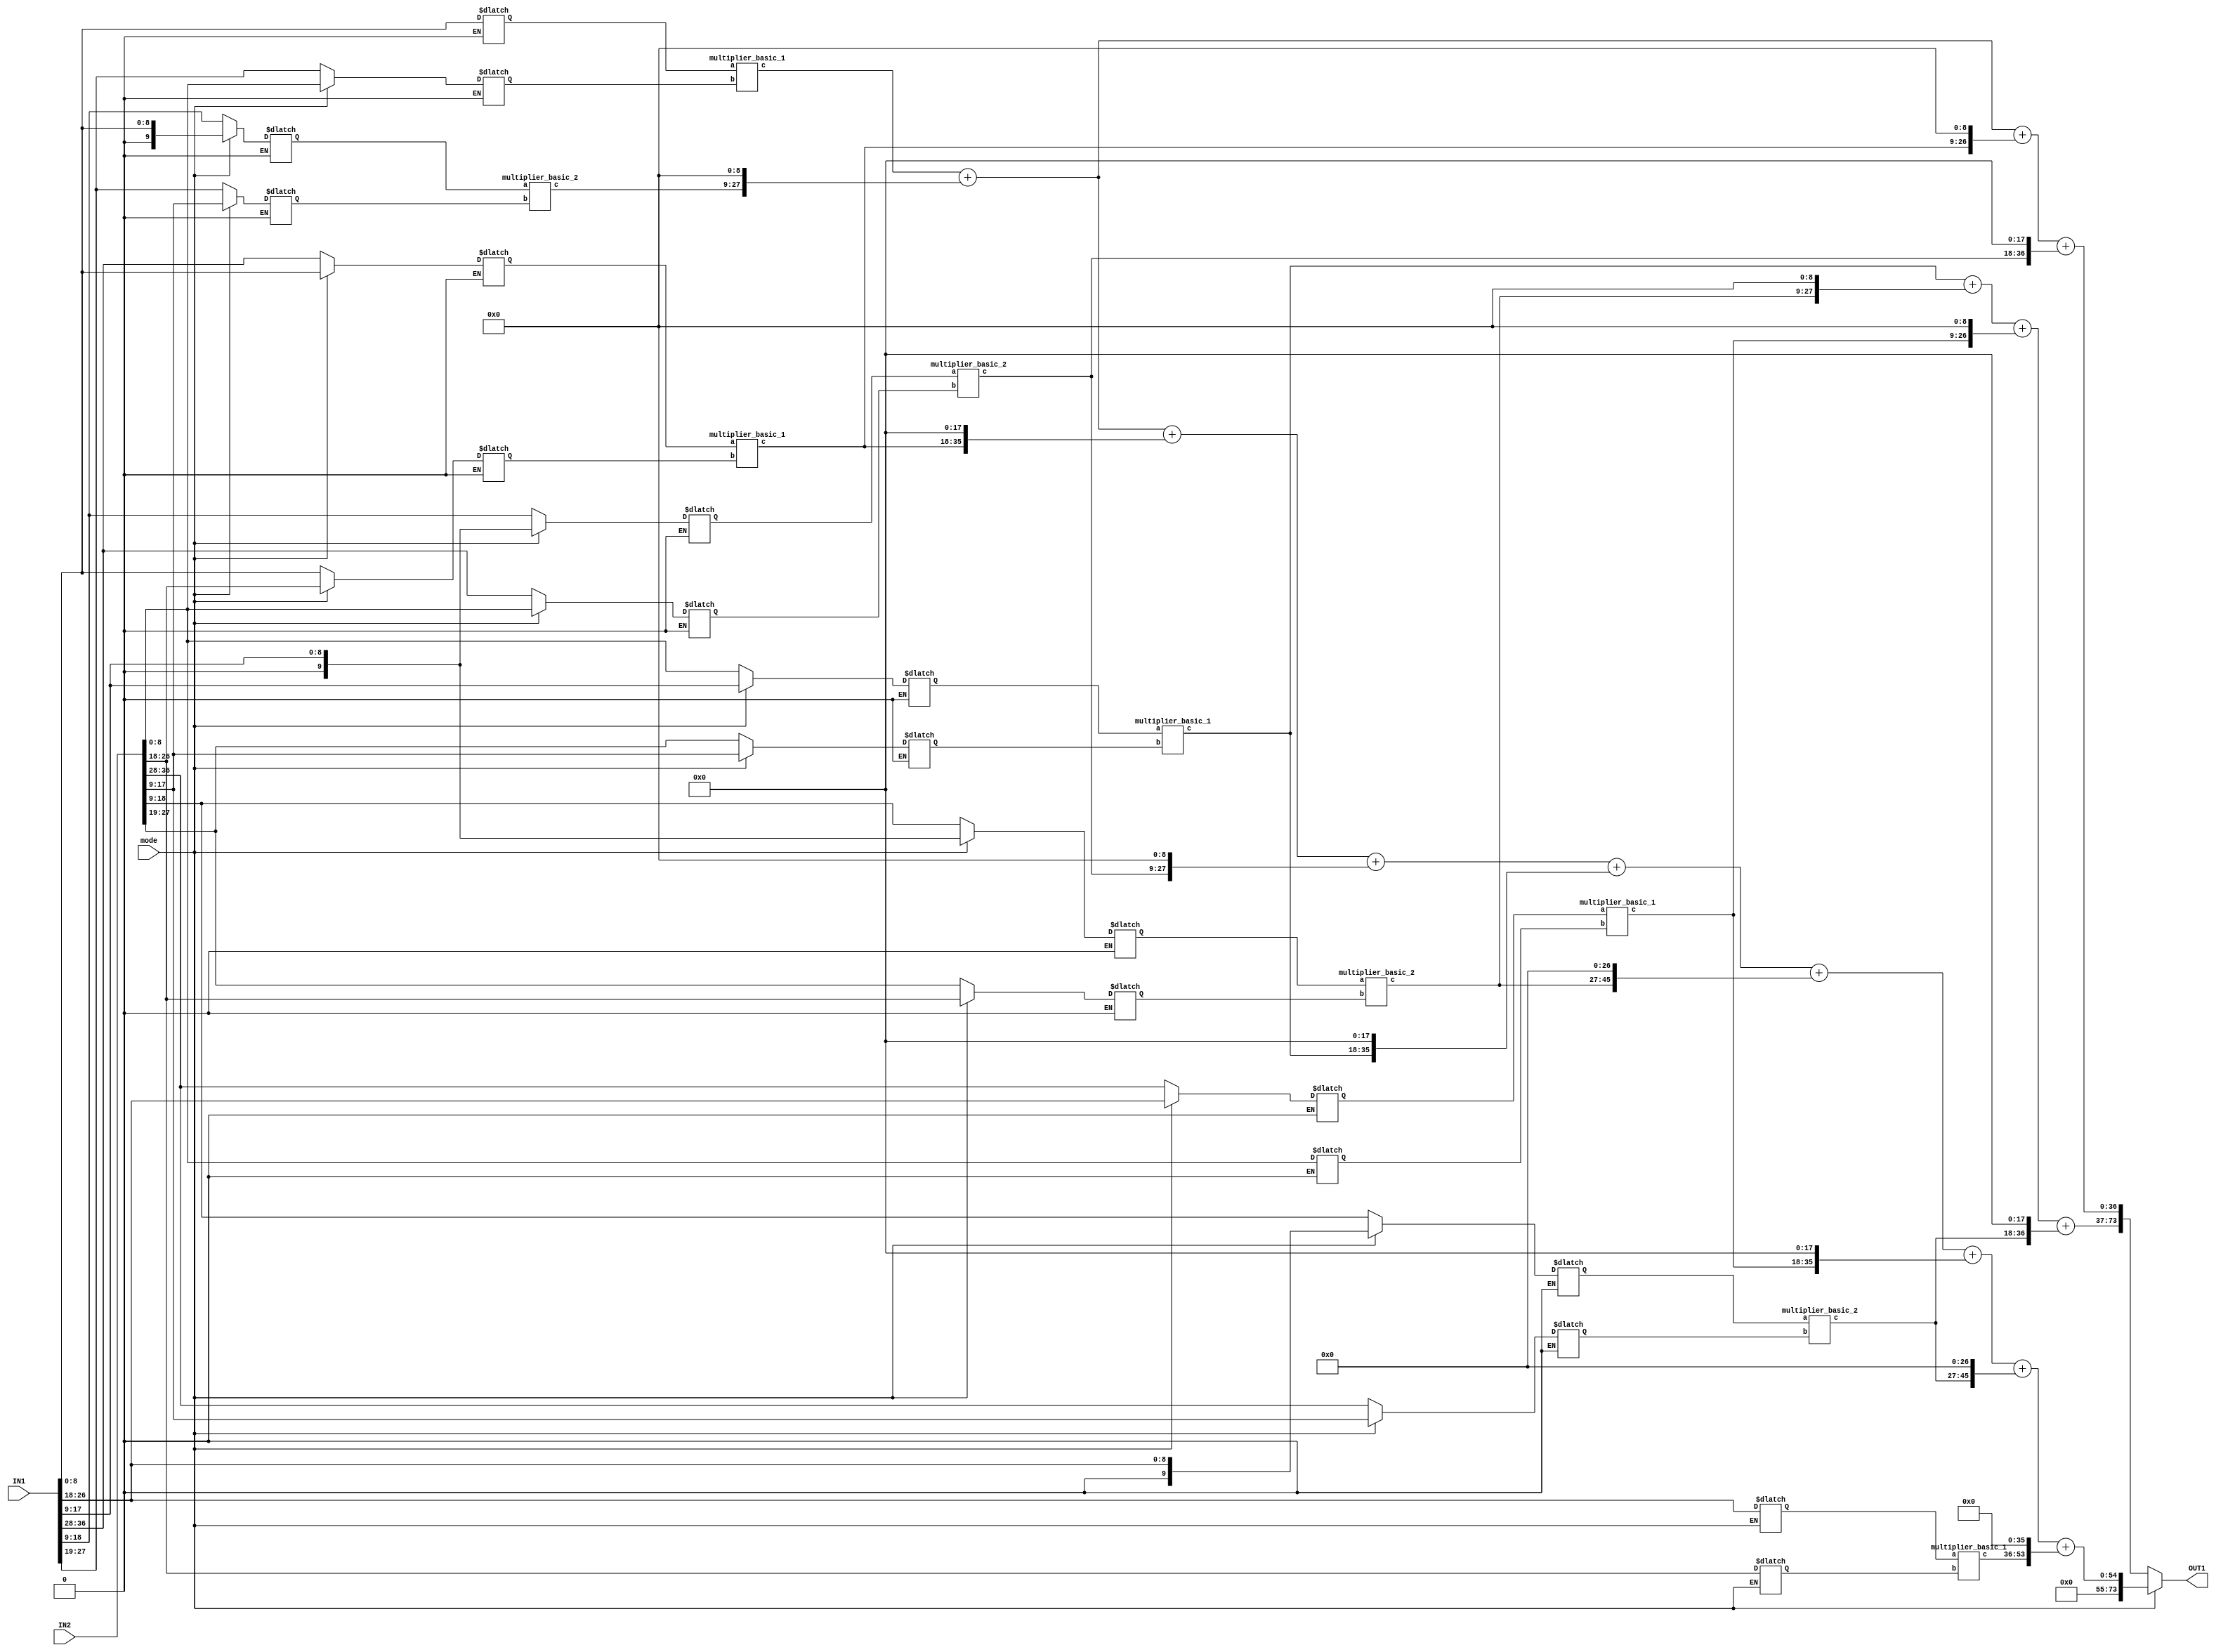
module Multiplier_combined(
	input [36:0] IN1,
	input [36:0] IN2,
	output [73:0] OUT1,
	input mode
);
reg [8:0] mult1_a;
reg [8:0] mult1_b;
reg [9:0] mult2_a;
reg [8:0] mult2_b;
reg [8:0] mult3_a;
reg [8:0] mult3_b;
reg [9:0] mult4_a;
reg [8:0] mult4_b;
reg [8:0] mult5_a;
reg [8:0] mult5_b;
reg [9:0] mult6_a;
reg [8:0] mult6_b;
reg [8:0] mult7_a;
reg [8:0] mult7_b;
reg [9:0] mult8_a;
reg [8:0] mult8_b;
reg [8:0] mult9_a;
reg [8:0] mult9_b;

wire [17:0] mult1_c;
wire [18:0] mult2_c;
wire [17:0] mult3_c;
wire [18:0] mult4_c;
wire [17:0] mult5_c;
wire [18:0] mult6_c;
wire [17:0] mult7_c;
wire [18:0] mult8_c;
wire [17:0] mult9_c;

wire [36:0]temp1;
wire [36:0] temp2;
always @ (*) begin
//for 18*19 mode
if (mode == 1'b0) begin
mult1_a = IN1[8:0];
mult1_b = IN1 [27:19]; //1

mult2_a= IN1 [18:9];
mult2_b = IN1[27:19]; //2

mult3_a = IN1 [36:28];
mult3_b = IN1[8:0]; //1

mult4_a= IN1[18:9];
mult4_b= IN1[36:28]; //2

mult5_a = IN2[8:0];
mult5_b = IN2 [27:19]; //1

mult6_a= IN2 [18:9];
mult6_b = IN2[27:19]; //2

mult7_a = IN2 [36:28];
mult7_b = IN2[8:0]; //1

mult8_a= IN2[18:9];
mult8_b= IN2[36:28]; //2

end
//for 27*27 mode

else if (mode == 1'b1) begin
mult1_a = IN1[8:0];
mult1_b = IN2 [8:0];

mult2_a = IN1[8:0];
mult2_b = IN2 [17:9];

mult3_a = IN1[8:0];
mult3_b = IN2 [26:18];

mult4_a = IN1[17:9];
mult4_b = IN2 [8:0];

mult5_a = IN1[17:9];
mult5_b = IN2 [17:9];

mult6_a = IN1[17:9];
mult6_b = IN2 [26:18];

mult7_a = IN1[26:18];
mult7_b = IN2 [8:0];

mult8_a = IN1[26:18];
mult8_b = IN2 [17:9];

mult9_a = IN1[26:18];
mult9_b = IN2 [26:18];
end
end


multiplier_basic_1 M1( mult1_a, mult1_b, mult1_c);
multiplier_basic_2 M2( mult2_a, mult2_b, mult2_c);
multiplier_basic_1 M3( mult3_a, mult3_b, mult3_c);
multiplier_basic_2 M4( mult4_a, mult4_b, mult4_c);
multiplier_basic_1 M5( mult5_a, mult5_b, mult5_c);
multiplier_basic_2 M6( mult6_a, mult6_b, mult6_c);
multiplier_basic_1 M7( mult7_a, mult7_b, mult7_c);
multiplier_basic_2 M8( mult8_a, mult8_b, mult8_c);
multiplier_basic_1 M9( mult9_a, mult9_b, mult9_c);

assign temp1 = mult1_c + (mult2_c << 9) + (mult3_c << 9) + (mult4_c << 18);
assign temp2 = mult5_c + (mult6_c << 9) + (mult7_c << 9) + (mult8_c << 18);
assign OUT1 = mode ? (mult1_c + (mult2_c << 9) + (mult3_c << 18) + (mult4_c << 9) + (mult5_c << 18) + (mult6_c << 27) + (mult7_c << 18) + (mult8_c << 27) + (mult9_c << 36)) : {temp2, temp1};

endmodule

module multiplier_basic_1 (
	input [8:0] a,
	input [8:0] b,
	output [17:0] c
);

assign c = a*b;
endmodule

module multiplier_basic_2 (
	input [9:0] a,
	input [8:0] b,
	output [18:0] c
);
assign c = a*b;
endmodule